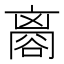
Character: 𧮼